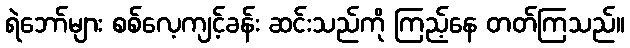
ရဲဘော်များ စစ်လေ့ကျင့်ခန်း ဆင်းသည်ကို ကြည့်နေ တတ်ကြသည်။